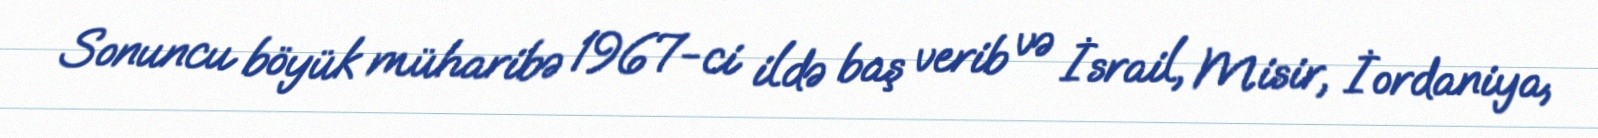
Sonuncu böyük müharibə 1967-ci ildə baş verib və İsrail, Misir, İordaniya,